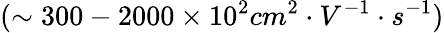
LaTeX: (\sim 300-2000\times 10^{2}cm^{2}\cdot V^{-1}\cdot s^{-1})